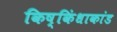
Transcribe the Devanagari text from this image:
किष्किंधाकांड